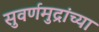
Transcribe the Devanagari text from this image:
सुवर्णमुद्रांच्या